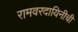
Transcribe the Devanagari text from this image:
रामवरदायिनीची